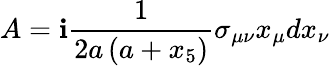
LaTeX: A=\mathbf{i}\frac{{1}}{{2a\left(a+x_{5}\right)}}\sigma_{\mu\nu}x_{\mu}dx_{\nu}